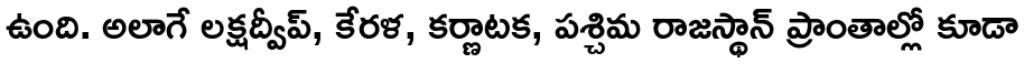
ఉంది. అలాగే లక్షద్వీప్, కేరళ, కర్ణాటక, పశ్చిమ రాజస్థాన్ ప్రాంతాల్లో కూడా